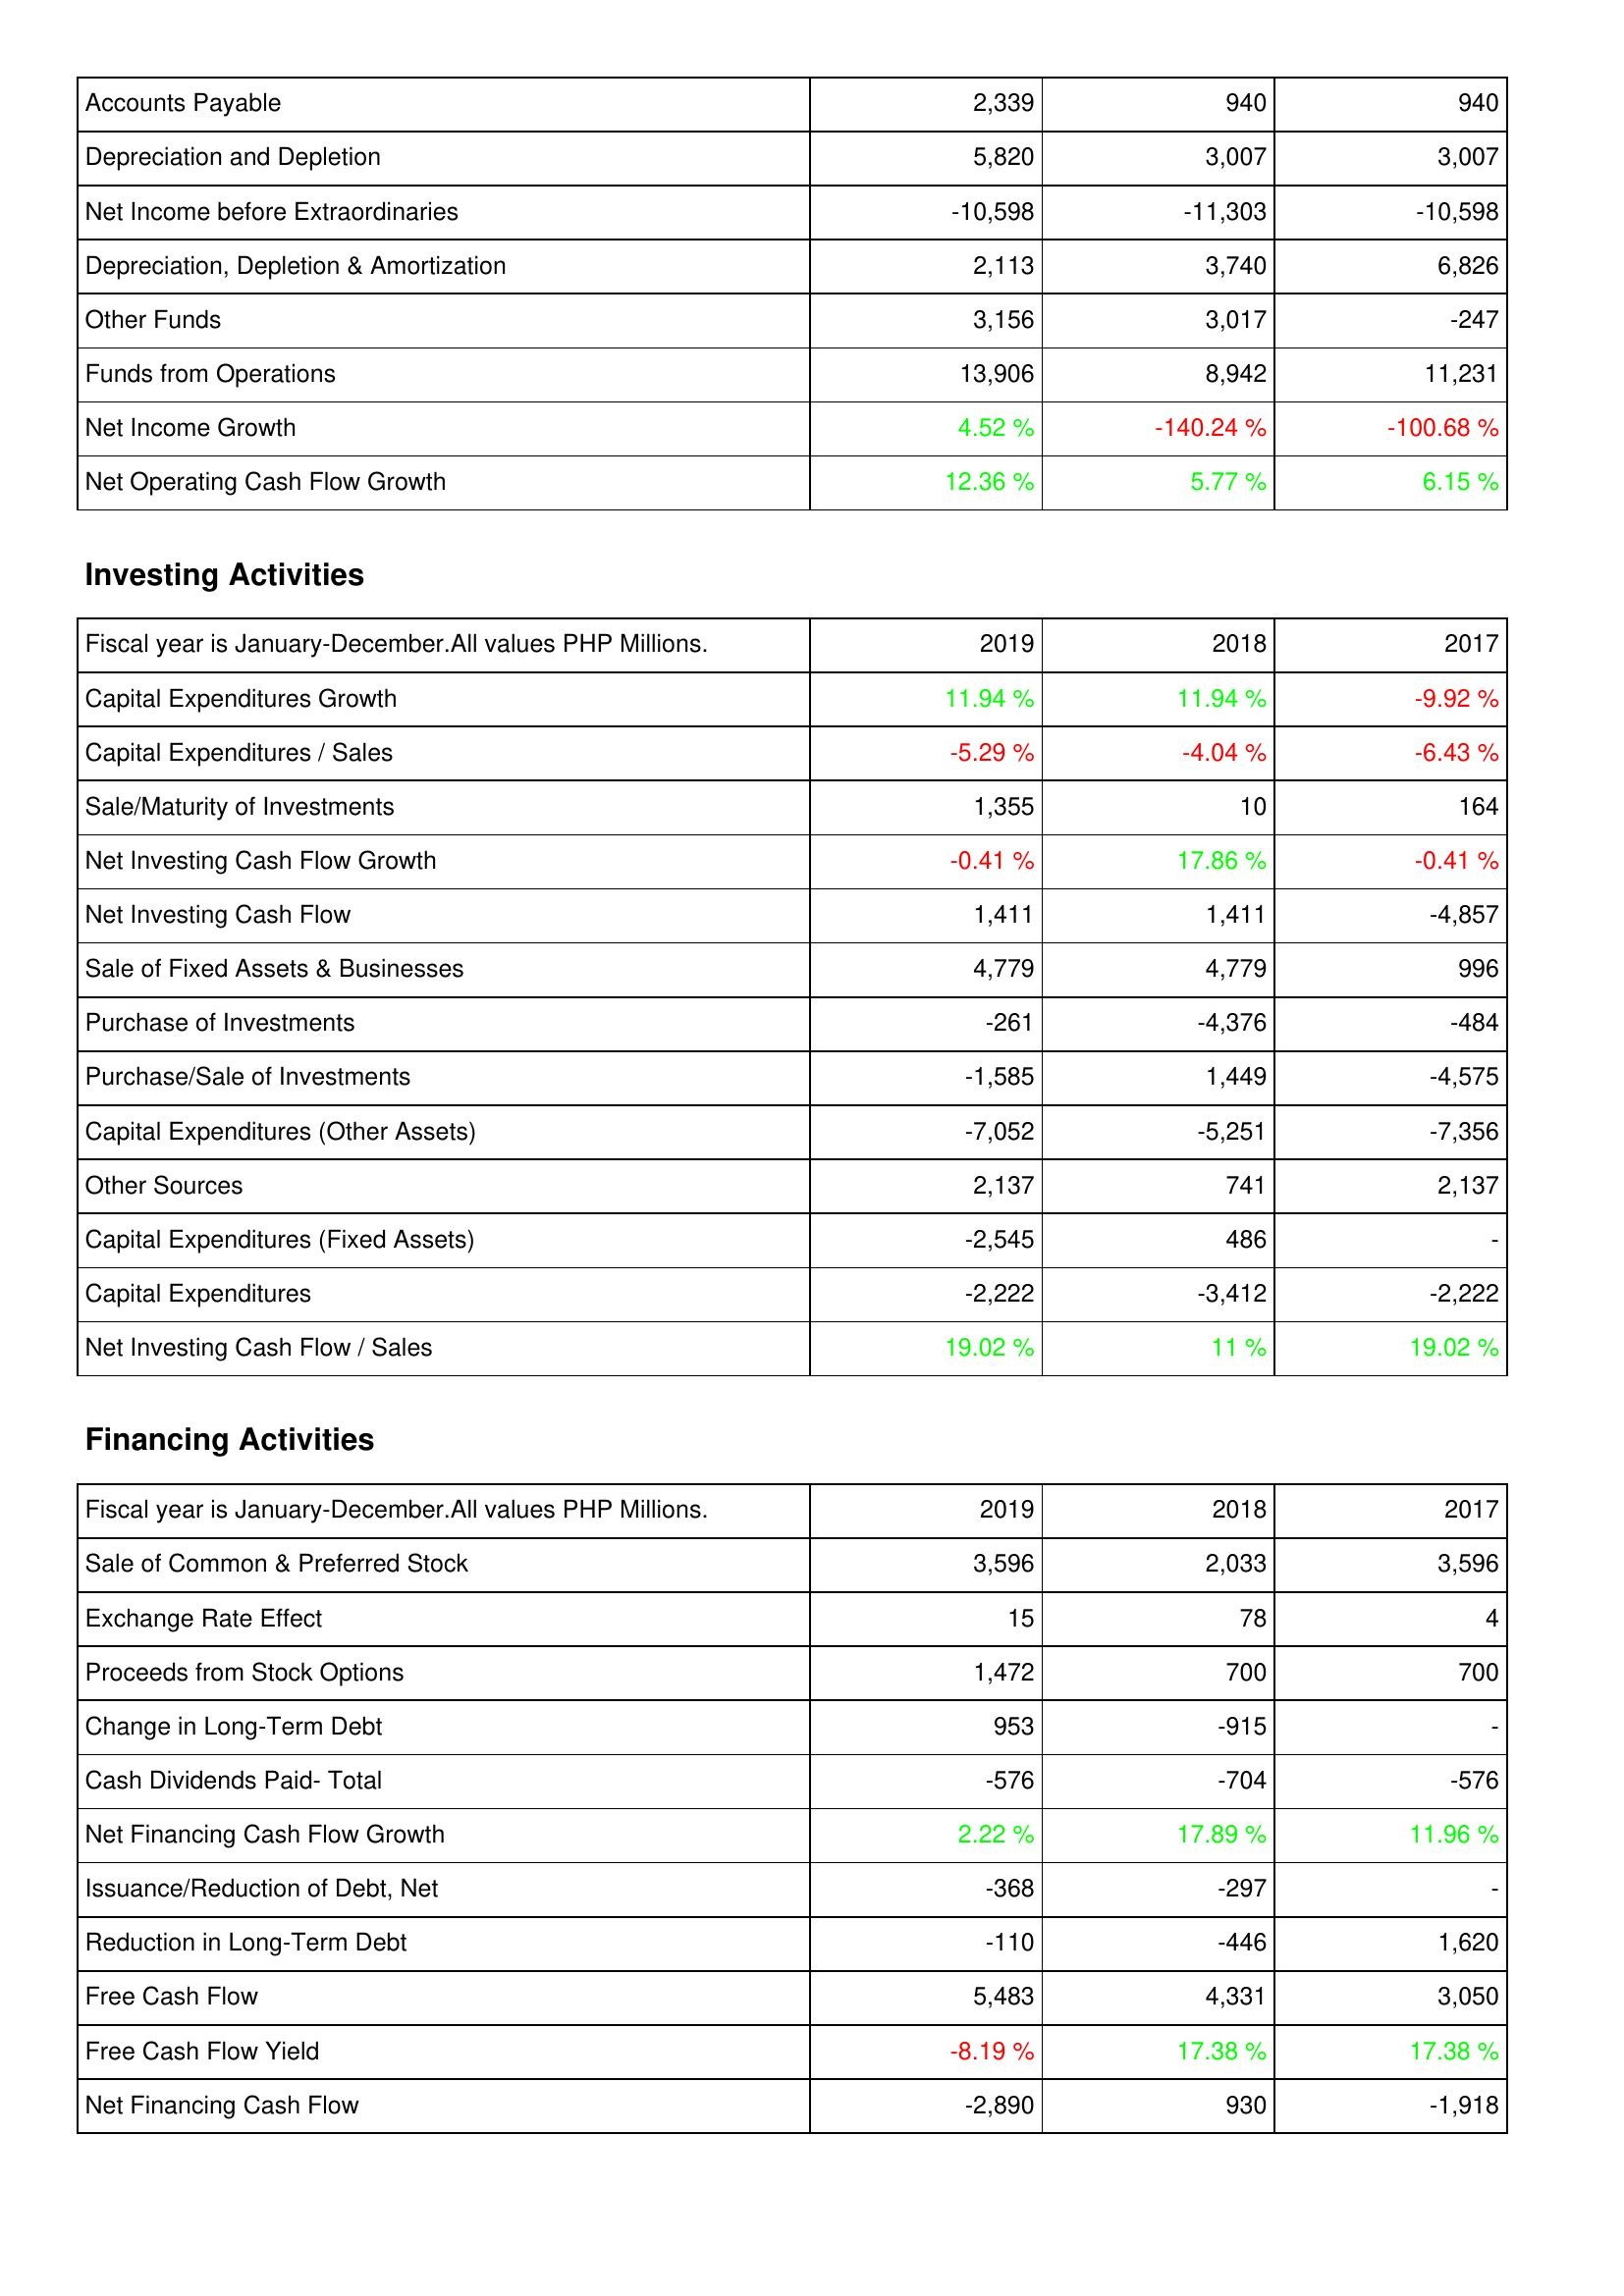
2019: Operating Activities: Accounts Payable: 2,339
Depreciation and Depletion: 5,820
Net Income before Extraordinaries: -10,598
Depreciation, Depletion & Amortization: 2,113
Other Funds: 3,156
Funds from Operations: 13,906
Net Income Growth: 4.52 %
Net Operating Cash Flow Growth: 12.36 %
Investing Activities: Capital Expenditures Growth: 11.94 %
Capital Expenditures / Sales: -5.29 %
Sale/Maturity of Investments: 1,355
Net Investing Cash Flow Growth: -0.41 %
Net Investing Cash Flow: 1,411
Sale of Fixed Assets & Businesses: 4,779
Purchase of Investments: -261
Purchase/Sale of Investments: -1,585
Capital Expenditures (Other Assets): -7,052
Other Sources: 2,137
Capital Expenditures (Fixed Assets): -2,545
Capital Expenditures: -2,222
Net Investing Cash Flow / Sales: 19.02 %
Financing Activities: Sale of Common & Preferred Stock: 3,596
Exchange Rate Effect: 15
Proceeds from Stock Options: 1,472
Change in Long-Term Debt: 953
Cash Dividends Paid- Total: -576
Net Financing Cash Flow Growth: 2.22 %
Issuance/Reduction of Debt, Net: -368
Reduction in Long-Term Debt: -110
Free Cash Flow: 5,483
Free Cash Flow Yield: -8.19 %
Net Financing Cash Flow: -2,890
2018: Operating Activities: Accounts Payable: 940
Depreciation and Depletion: 3,007
Net Income before Extraordinaries: -11,303
Depreciation, Depletion & Amortization: 3,740
Other Funds: 3,017
Funds from Operations: 8,942
Net Income Growth: -140.24 %
Net Operating Cash Flow Growth: 5.77 %
Investing Activities: Capital Expenditures Growth: 11.94 %
Capital Expenditures / Sales: -4.04 %
Sale/Maturity of Investments: 10
Net Investing Cash Flow Growth: 17.86 %
Net Investing Cash Flow: 1,411
Sale of Fixed Assets & Businesses: 4,779
Purchase of Investments: -4,376
Purchase/Sale of Investments: 1,449
Capital Expenditures (Other Assets): -5,251
Other Sources: 741
Capital Expenditures (Fixed Assets): 486
Capital Expenditures: -3,412
Net Investing Cash Flow / Sales: 11 %
Financing Activities: Sale of Common & Preferred Stock: 2,033
Exchange Rate Effect: 78
Proceeds from Stock Options: 700
Change in Long-Term Debt: -915
Cash Dividends Paid- Total: -704
Net Financing Cash Flow Growth: 17.89 %
Issuance/Reduction of Debt, Net: -297
Reduction in Long-Term Debt: -446
Free Cash Flow: 4,331
Free Cash Flow Yield: 17.38 %
Net Financing Cash Flow: 930
2017: Operating Activities: Accounts Payable: 940
Depreciation and Depletion: 3,007
Net Income before Extraordinaries: -10,598
Depreciation, Depletion & Amortization: 6,826
Other Funds: -247
Funds from Operations: 11,231
Net Income Growth: -100.68 %
Net Operating Cash Flow Growth: 6.15 %
Investing Activities: Capital Expenditures Growth: -9.92 %
Capital Expenditures / Sales: -6.43 %
Sale/Maturity of Investments: 164
Net Investing Cash Flow Growth: -0.41 %
Net Investing Cash Flow: -4,857
Sale of Fixed Assets & Businesses: 996
Purchase of Investments: -484
Purchase/Sale of Investments: -4,575
Capital Expenditures (Other Assets): -7,356
Other Sources: 2,137
Capital Expenditures (Fixed Assets): -
Capital Expenditures: -2,222
Net Investing Cash Flow / Sales: 19.02 %
Financing Activities: Sale of Common & Preferred Stock: 3,596
Exchange Rate Effect: 4
Proceeds from Stock Options: 700
Change in Long-Term Debt: -
Cash Dividends Paid- Total: -576
Net Financing Cash Flow Growth: 11.96 %
Issuance/Reduction of Debt, Net: -
Reduction in Long-Term Debt: 1,620
Free Cash Flow: 3,050
Free Cash Flow Yield: 17.38 %
Net Financing Cash Flow: -1,918